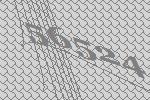
56524